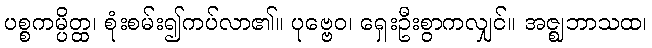
ပစ္စကမ္ပိတ္ထ၊ စုံးစမ်း၍ကပ်လာ၏။ ပုဗ္ဗေဝ၊ ရှေးဦးစွာကလျှင်။ အဇ္ဈဘာသထ၊